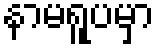
နာမရူပမှာ